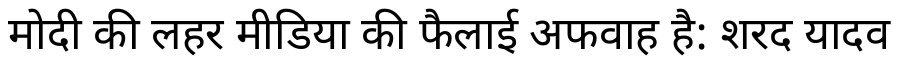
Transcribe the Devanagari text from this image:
मोदी की लहर मीडिया की फैलाई अफवाह है: शरद यादव